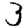
Digit: 3